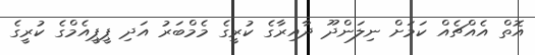
އޮތް އެއްޗެއް ކަމަށް ނިލަންދޫ ދާއިރާގެ ކުރީގެ މެމްބަރު އަދި ޕީޕީއެމްގެ ކުރީގެ